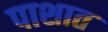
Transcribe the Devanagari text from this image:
पाशात